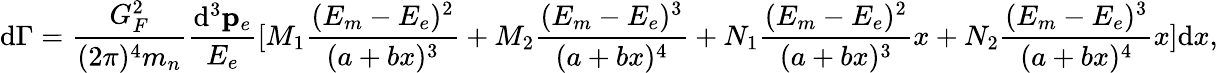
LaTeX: \mathrm{d}\Gamma=\frac{{G_{F}^{2}}}{{(2\pi)^{4}m_{n}}}\frac{{\mathrm{d}^{3}{\mathbf{p}}_{e}}}{{E_{e}}}[M_{1}\frac{{(E_{m}-E_{e})^{2}}}{{(a+bx)^{3}}}+M_{2}\frac{{(E_{m}-E_{e})^{3}}}{{(a+bx)^{4}}}+N_{1}\frac{{(E_{m}-E_{e})^{2}}}{{(a+bx)^{3}}}x+N_{2}\frac{{(E_{m}-E_{e})^{3}}}{{(a+bx)^{4}}}x]\mathrm{d}x,